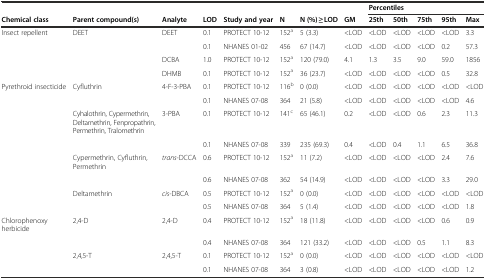
<table><thead><tr><td colspan="8"></td><td colspan="5"><b>Percentiles</b></td></tr><tr><td><b>Chemical class</b></td><td><b>Parent compound(s)</b></td><td><b>Analyte</b></td><td><b>LOD</b></td><td><b>Study and year</b></td><td><b>N</b></td><td><b>N (%) ≥ LOD</b></td><td><b>GM</b></td><td><b>25th</b></td><td><b>50th</b></td><td><b>75th</b></td><td><b>95th</b></td><td><b>Max</b></td></tr></thead><tbody><tr><td>Insect repellent</td><td>DEET</td><td>DEET</td><td>0.1</td><td>PROTECT 10-12</td><td>152<sup>a</sup></td><td>5 (3.3)</td><td>&lt;LOD</td><td>&lt;LOD</td><td>&lt;LOD</td><td>&lt;LOD</td><td>&lt;LOD</td><td>3.3</td></tr><tr><td></td><td></td><td></td><td>0.1</td><td>NHANES 01-02</td><td>456</td><td>67 (14.7)</td><td>&lt;LOD</td><td>&lt;LOD</td><td>&lt;LOD</td><td>&lt;LOD</td><td>0.2</td><td>57.3</td></tr><tr><td></td><td></td><td>DCBA</td><td>1.0</td><td>PROTECT 10-12</td><td>152<sup>a</sup></td><td>120 (79.0)</td><td>4.1</td><td>1.3</td><td>3.5</td><td>9.0</td><td>59.0</td><td>1856</td></tr><tr><td></td><td></td><td>DHMB</td><td>0.1</td><td>PROTECT 10-12</td><td>152<sup>a</sup></td><td>36 (23.7)</td><td>&lt;LOD</td><td>&lt;LOD</td><td>&lt;LOD</td><td>&lt;LOD</td><td>0.5</td><td>32.8</td></tr><tr><td>Pyrethroid insecticide</td><td>Cyfluthrin</td><td>4-F-3-PBA</td><td>0.1</td><td>PROTECT 10-12</td><td>116<sup>b</sup></td><td>0 (0.0)</td><td>&lt;LOD</td><td>&lt;LOD</td><td>&lt;LOD</td><td>&lt;LOD</td><td>&lt;LOD</td><td>&lt;LOD</td></tr><tr><td></td><td></td><td></td><td>0.1</td><td>NHANES 07-08</td><td>364</td><td>21 (5.8)</td><td>&lt;LOD</td><td>&lt;LOD</td><td>&lt;LOD</td><td>&lt;LOD</td><td>&lt;LOD</td><td>4.6</td></tr><tr><td></td><td>Cyhalothrin, Cypermethrin, Deltamethrin, Fenpropathrin, Permethrin, Tralomethrin</td><td>3-PBA</td><td>0.1</td><td>PROTECT 10-12</td><td>141<sup>c</sup></td><td>65 (46.1)</td><td>0.2</td><td>&lt;LOD</td><td>&lt;LOD</td><td>0.6</td><td>2.3</td><td>11.3</td></tr><tr><td></td><td></td><td></td><td>0.1</td><td>NHANES 07-08</td><td>339</td><td>235 (69.3)</td><td>0.4</td><td>&lt;LOD</td><td>0.4</td><td>1.1</td><td>6.5</td><td>36.8</td></tr><tr><td></td><td>Cypermethrin, Cyfluthrin, Permethrin</td><td><i>trans</i>-DCCA</td><td>0.6</td><td>PROTECT 10-12</td><td>152<sup>a</sup></td><td>11 (7.2)</td><td>&lt;LOD</td><td>&lt;LOD</td><td>&lt;LOD</td><td>&lt;LOD</td><td>2.4</td><td>7.6</td></tr><tr><td></td><td></td><td></td><td>0.6</td><td>NHANES 07-08</td><td>362</td><td>54 (14.9)</td><td>&lt;LOD</td><td>&lt;LOD</td><td>&lt;LOD</td><td>&lt;LOD</td><td>3.3</td><td>29.0</td></tr><tr><td></td><td>Deltamethrin</td><td><i>cis-</i>DBCA</td><td>0.5</td><td>PROTECT 10-12</td><td>152<sup>a</sup></td><td>0 (0.0)</td><td>&lt;LOD</td><td>&lt;LOD</td><td>&lt;LOD</td><td>&lt;LOD</td><td>&lt;LOD</td><td>&lt;LOD</td></tr><tr><td></td><td></td><td></td><td>0.5</td><td>NHANES 07-08</td><td>364</td><td>5 (1.4)</td><td>&lt;LOD</td><td>&lt;LOD</td><td>&lt;LOD</td><td>&lt;LOD</td><td>&lt;LOD</td><td>1.8</td></tr><tr><td>Chlorophenoxy herbicide</td><td>2,4-D</td><td>2,4-D</td><td>0.4</td><td>PROTECT 10-12</td><td>152<sup>a</sup></td><td>18 (11.8)</td><td>&lt;LOD</td><td>&lt;LOD</td><td>&lt;LOD</td><td>&lt;LOD</td><td>0.6</td><td>0.9</td></tr><tr><td></td><td></td><td></td><td>0.4</td><td>NHANES 07-08</td><td>364</td><td>121 (33.2)</td><td>&lt;LOD</td><td>&lt;LOD</td><td>&lt;LOD</td><td>0.5</td><td>1.1</td><td>8.3</td></tr><tr><td></td><td>2,4,5-T</td><td>2,4,5-T</td><td>0.1</td><td>PROTECT 10-12</td><td>152<sup>a</sup></td><td>0 (0.0)</td><td>&lt;LOD</td><td>&lt;LOD</td><td>&lt;LOD</td><td>&lt;LOD</td><td>&lt;LOD</td><td>&lt;LOD</td></tr><tr><td></td><td></td><td></td><td>0.1</td><td>NHANES 07-08</td><td>364</td><td>3 (0.8)</td><td>&lt;LOD</td><td>&lt;LOD</td><td>&lt;LOD</td><td>&lt;LOD</td><td>&lt;LOD</td><td>1.2</td></tr></tbody></table>